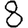
Digit: 8